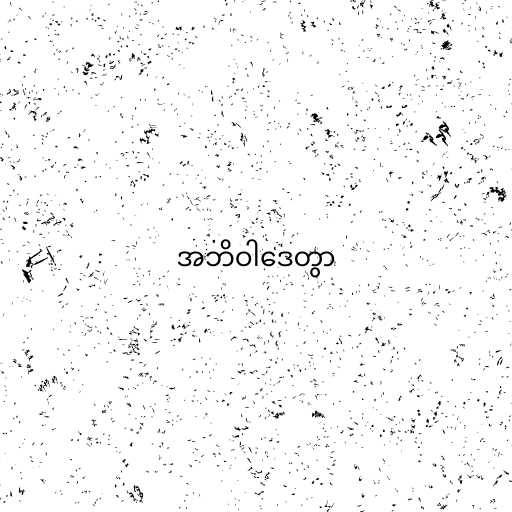
အဘိဝါဒေတွာ